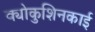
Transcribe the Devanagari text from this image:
क्योकुशिनकाई